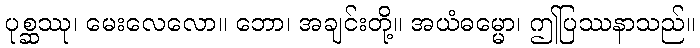
ပုစ္ဆဿု၊ မေးလေလော။ ဘော၊ အချင်းတို့။ အယံဓမ္မော၊ ဤပြဿနာသည်။